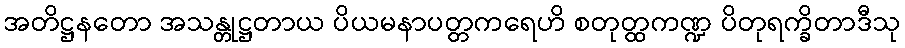
အတိဋ္ဌနတော အသန္တုဋ္ဌတာယ ပိယမနာပတ္တကရေဟိ စတုတ္ထကဏ္ဍ ပိတုရက္ခိတာဒီသု